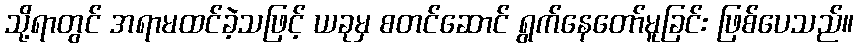
သို့ရာတွင် အရာမထင်ခဲ့သဖြင့် ယခုမှ စတင်ဆောင် ရွက်နေတော်မူခြင်း ဖြစ်ပေသည်။